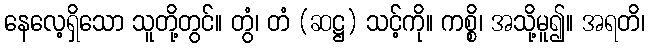
နေလေ့ရှိသော သူတို့တွင်။ တွံ၊ တံ (ဆဋ္ဌ) သင့်ကို။ ကစ္စိ၊ အသို့မူ၍။ အရတိ၊